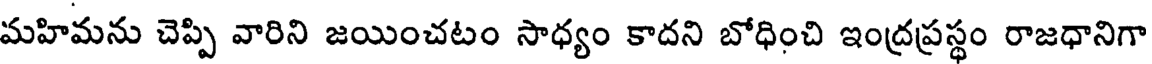
మహిమను చెప్పి వారిని జయించటం సాధ్యం కాదని బోధించి ఇంద్రప్రస్థం రాజధానిగా